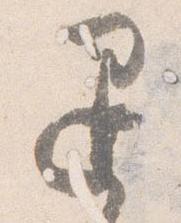
退